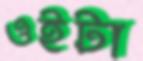
ওইটা